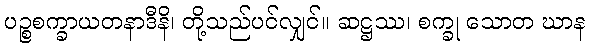
ပဉ္စစက္ခာယတနာဒီနိ၊ တို့သည်ပင်လျှင်။ ဆဋ္ဌဿ၊ စက္ခု သောတ ဃာန